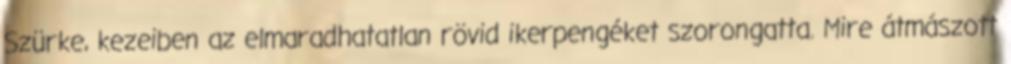
Szürke, kezeiben az elmaradhatatlan rövid ikerpengéket szorongatta. Mire átmászott